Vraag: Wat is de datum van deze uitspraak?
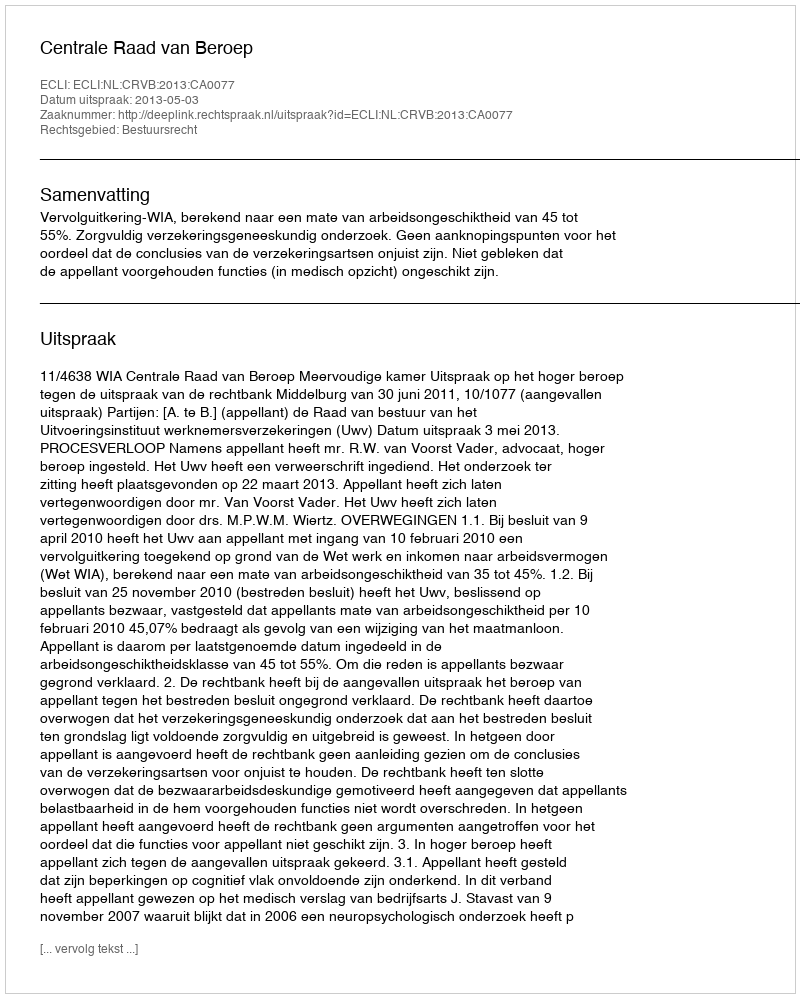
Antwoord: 2013-05-03